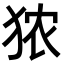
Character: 𪺻